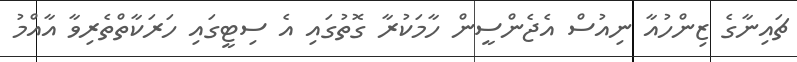
ޗައިނާގެ ޒިންހުއާ ނިއުސް އެޖެންސީން ހާމަކުރާ ގޮތުގައި އެ ސިޓީގައި ހަރަކާތްތެރިވާ އާއްމު